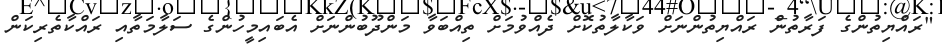
"ރައްޔިތުންގެ ފަރާތުން ރައްޔިތުންނަށް ވަކާލާތުކޮށް ދެއްވުމަށް ތިއްބަވާ މަންދޫބުންނަށް އެބައިމީހުންގެ ސަލާމަތާއި ރައްކާތެރިކަން